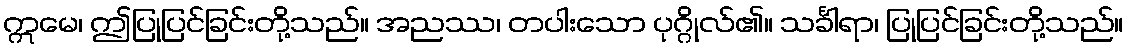
ဣမေ၊ ဤပြုပြင်ခြင်းတို့သည်။ အညဿ၊ တပါးသော ပုဂ္ဂိုလ်၏။ သင်္ခါရာ၊ ပြုပြင်ခြင်းတို့သည်။